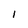
Character: I